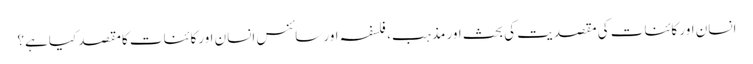
انسان اور کائنات کی مقصدیت کی بحث اور مذہب، فلسفہ اور سائنس انسان اورکائنات کامقصد کیاہے؟